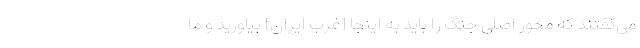
می‌گفتند که محور اصلی جنگ را باید به اینجا [غرب ایران] بیاورید و ما